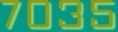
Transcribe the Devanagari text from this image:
७०३५